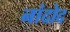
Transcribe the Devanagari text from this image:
नांदोद